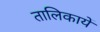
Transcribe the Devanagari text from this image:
तालिकायें